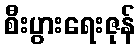
စီးပွားရေးဇုန်